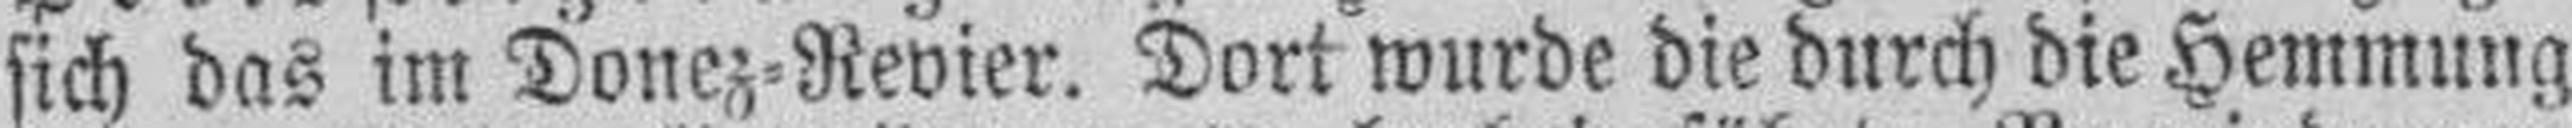
sich das im Donez=Revier. Dort wurde die durch die Hemmung